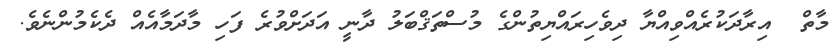
މާތް  އިރާދަކުރެއްވިއްޔާ ދިވެހިރައްޔިތުންގެ މުސްތަޤްބަލު ދާނީ އަދަށްވުރެ ފަހި މާދަމާއެއް ދެކެމުންނެވެ.